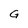
Character: G